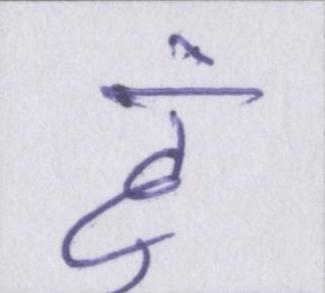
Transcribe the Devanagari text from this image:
हूं